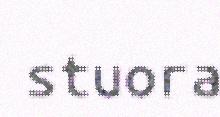
stuora